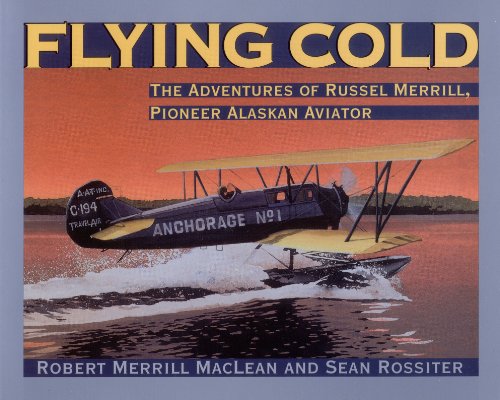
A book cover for Flying Cold: The Adventures of Russel Merrill, Pioneer Alaskan Aviator; Robert Merrill MacLean; Engineering & Transportation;